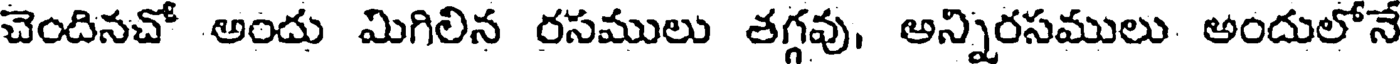
చెందినచో అందు మిగిలిన రసములు తగ్గవు, అన్నిరసములు అందులోనే